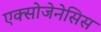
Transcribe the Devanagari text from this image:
एक्सोजेनेसिस